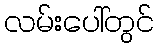
လမ်းပေါ်တွင်